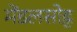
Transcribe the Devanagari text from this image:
मेंडलसोह्न